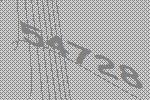
54728